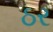
ઠર